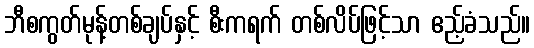
ဘီစကွတ်မုန့်တစ်ချပ်နှင့် စီးကရက် တစ်လိပ်ဖြင့်သာ ဧည့်ခံသည်။